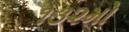
૧૩૨મો